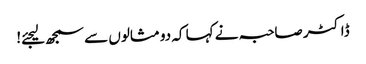
ڈاکٹر صاحبہ نے کہا کہ دو مثالوں سے سمجھ لیجئے!